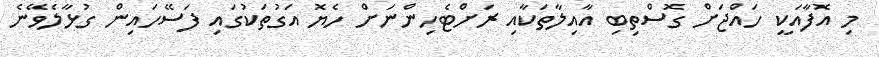
މި އޮފާއަކީ ހައްޖަށް ގޮސްތިބި އާއިލާތަކާއި ރަށްޓެހިންނަށް ހެޔޮ އަގުތަކުގައި ފަސޭހައިން ގުޅާލެވޭނެ